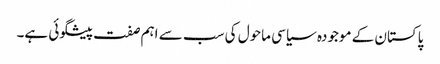
پاکستان کے موجودہ سیاسی ماحول کی سب سے اہم صفت پیشگوئی ہے۔